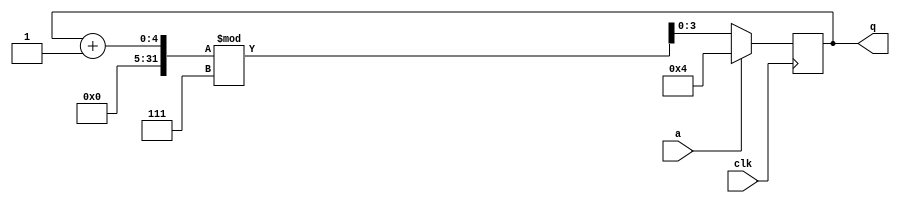
module top_module (
    input clk,
    input a,
    output [3:0] q );
	
    always@(posedge clk)begin
        if(a == 1) q <= 4;
        else q <= (q + 1) % 7;
    end
endmodule